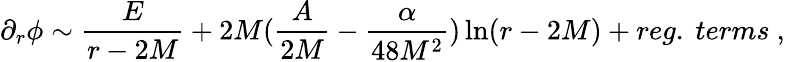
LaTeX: \partial_{r}\phi\sim\frac{E}{r-2M}+2M(\frac{A}{2M}-\frac{\alpha}{48M^{2}})\ln(r-2M)+reg.\ terms\ ,